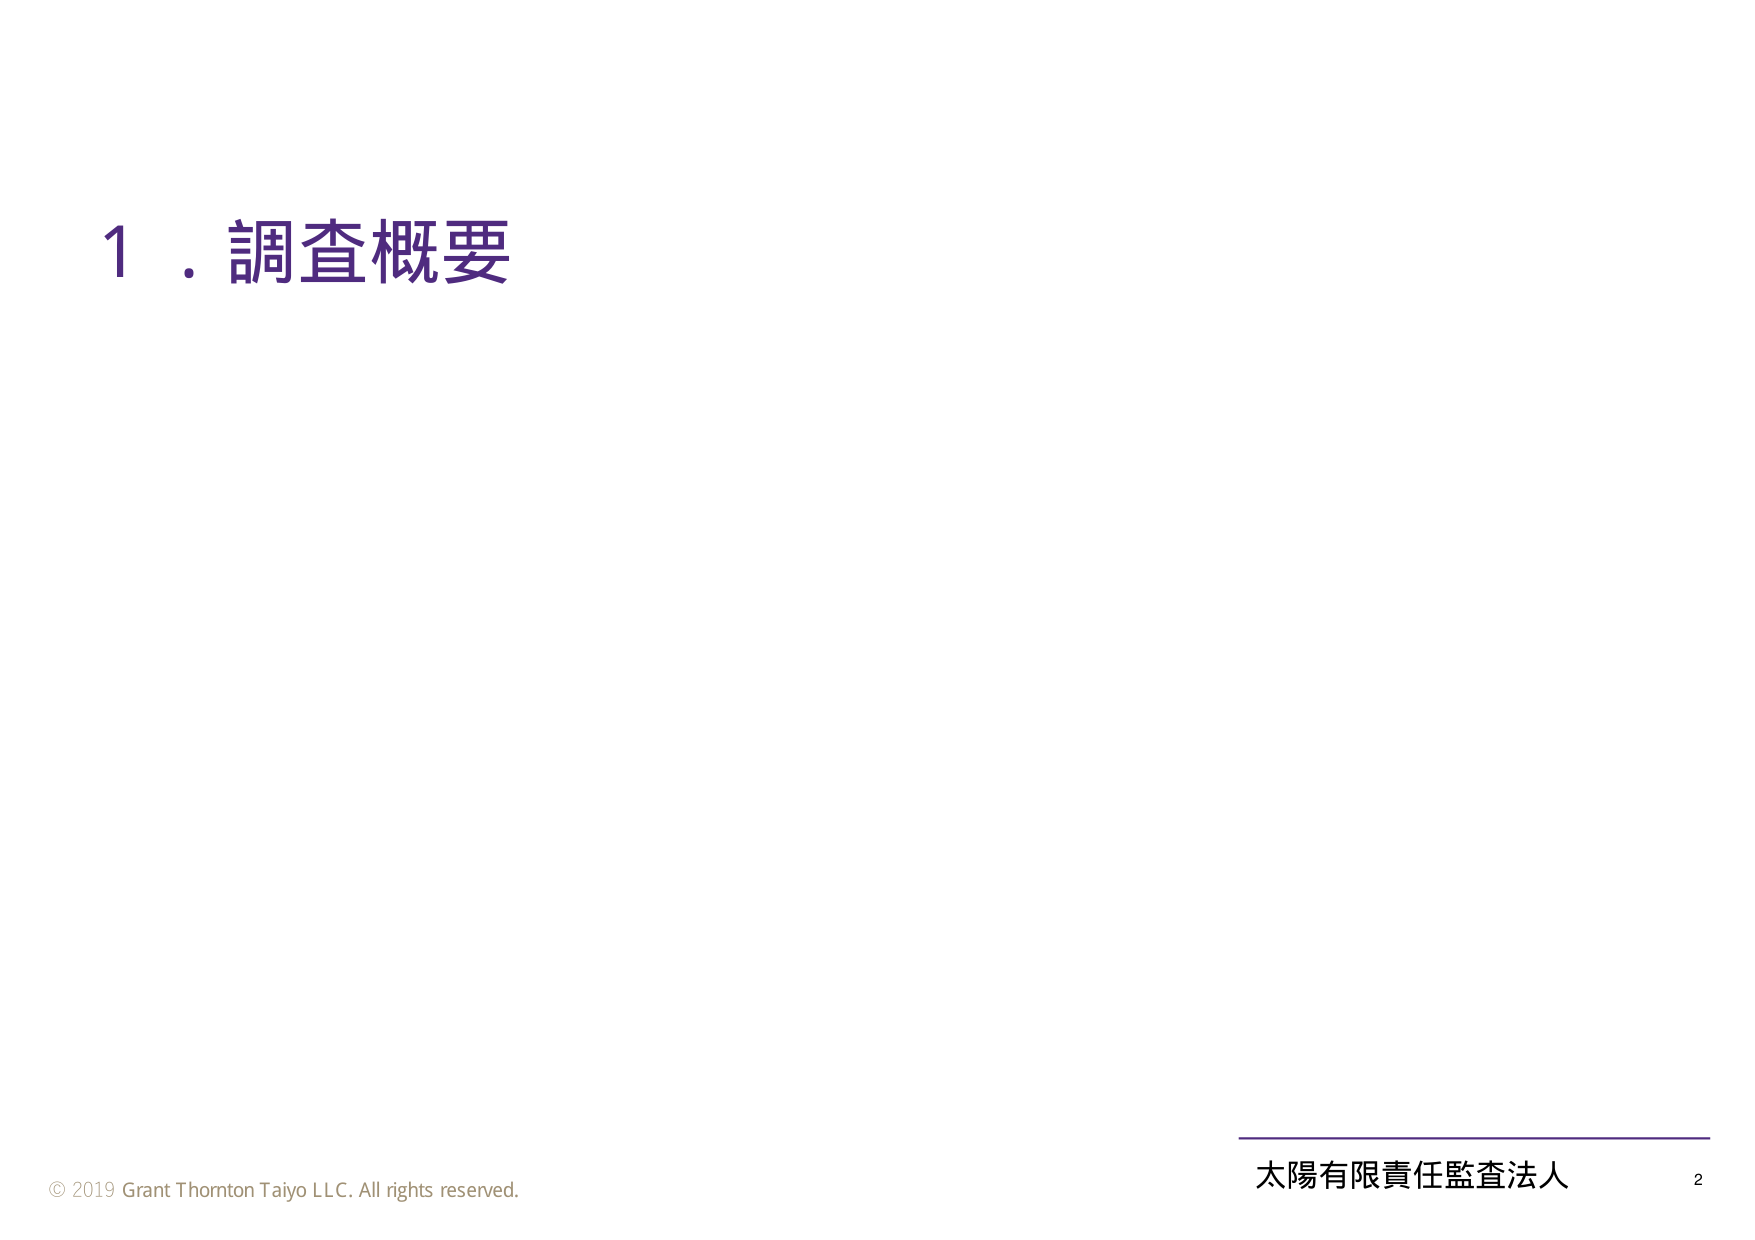
1．調査概要

© 2019 Grant Thornton Taiyo LLC. All rights reserved.

太陽有限責任監査法人 2